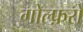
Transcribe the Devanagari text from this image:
गोल्फ़रों